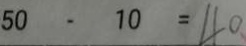
5 0 - 1 0 = 4 0